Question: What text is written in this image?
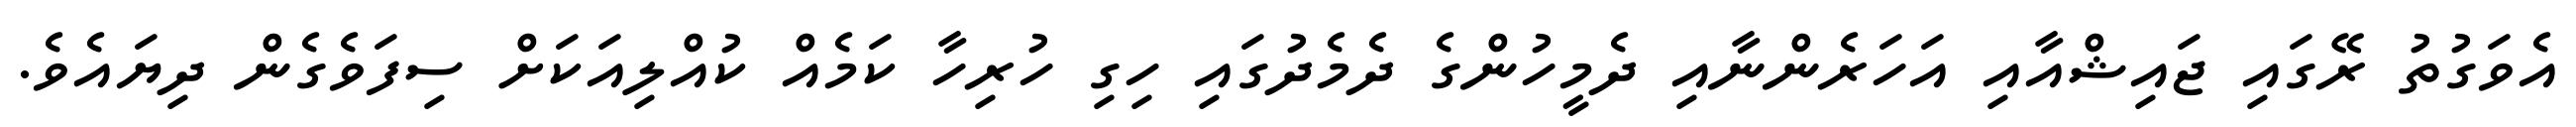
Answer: އެވަގުތު ރޭގައި ޖައިޝްއާއި އަހަރެންނާއި ދެމީހުންގެ ދެމެދުގައި ހިގި ހުރިހާ ކަމެއް ކުއްލިއަކަށް ސިފަވެގެން ދިޔައެވެ.